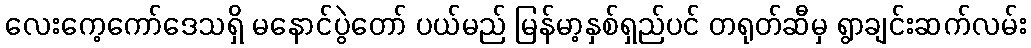
လေးကေ့ကော်ဒေသရှိ မနောင်ပွဲတော် ပယ်မည် မြန်မာ့နှစ်ရှည်ပင် တရုတ်ဆီမှ ရွာချင်းဆက်လမ်း